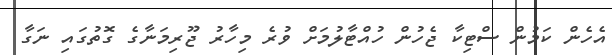
އެހެން ކަމުން ސްޓިކާ ޖެހުން ހުއްޓާލުމަށް ވުރެ މިހާރު ޖޫރިމަނާގެ ގޮތުގައި ނަގާ